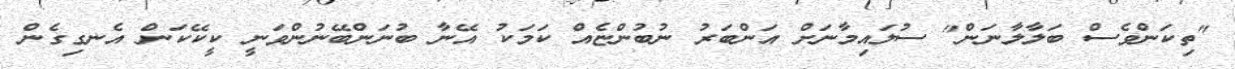
"ތިކަންވެސް ބަލާލާނަން" ސުލައިމާނަށް އަންބަރު ނުބުންޏެއް ކަމަކު އޭނާ ބުނަންބޭނުންވަނީ ކީކޭކަން އެނގިގެން